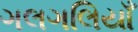
ગલગલિયાઁ